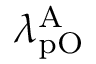
\lambda _ { \mathrm { p O } } ^ { \mathrm { A } }